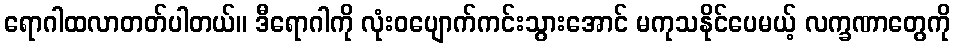
ရောဂါထလာတတ်ပါတယ်။ ဒီရောဂါကို လုံးဝပျောက်ကင်းသွားအောင် မကုသနိုင်ပေမယ့် လက္ခဏာတွေကို